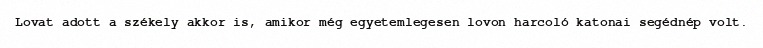
Lovat adott a székely akkor is, amikor még egyetemlegesen lovon harcoló katonai segédnép volt.